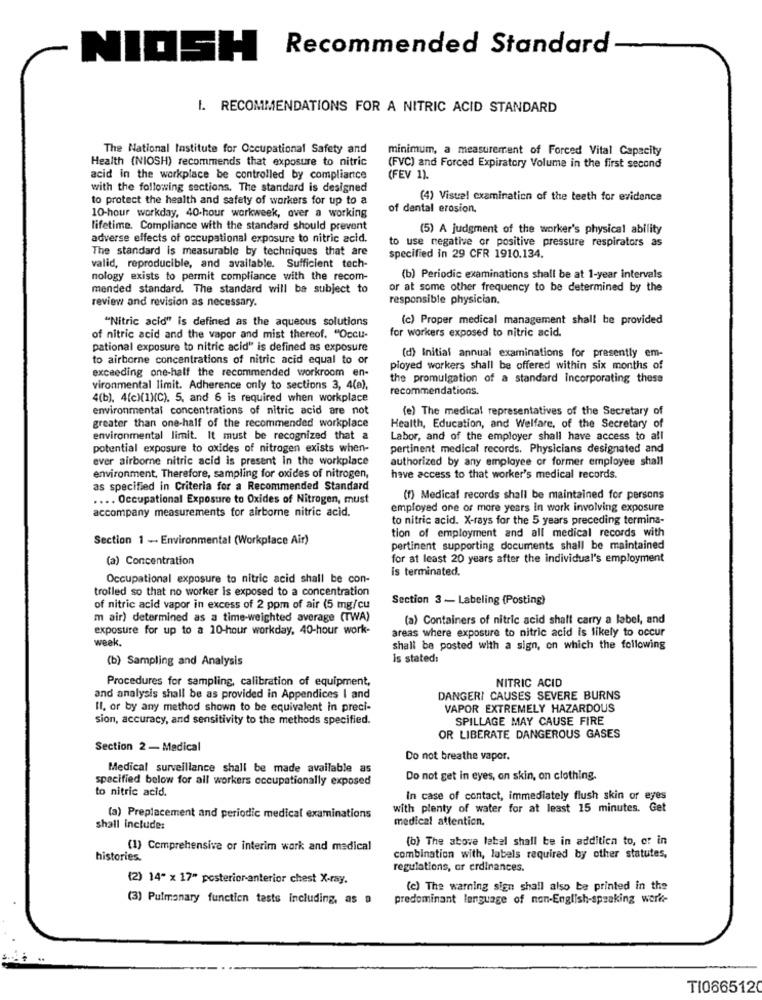
Recommended Standard
NIOSH
I. RECOMMENDATIONS FOR A NITRIC ACID STANDARD
The National Institute for Occupational Safety and
minimum, a measurement of Forced Vital Capacity
Health (NIOSH) recommends that exposure to nitric
(FVC) and Forced Expiratory Volume in the first second
acid in the workplace be controlled by compliance
(FEV 1).
with the following sections. The standard is designed
to protect the health and safety of workers for up to a
(4) Visuel examination of the teeth for evidence
of dental erosion.
10-hour workday, 40-hour workweek, over a working
lifetime. Compliance with the standard should prevent
(5) A judgment of the worker's physical ability
adverse effects of occupational exposure to nitric acid.
to use negative or positive pressure respirators as
The standard is measurable by techniques that are
specified in 29 CFR 1910.134.
valid, reproducible, and available. Sufficient tech-
nology exists to permit compliance with the recom-
(b) Periodic examinations shall be at 1-year intervals
mended standard. The standard will be subject to
or at some other frequency to be determined by the
review and revision as necessary.
responsible physician.
"Nitric acid" is defined as the aqueous solutions
(c) Proper medical management shall be provided
for workers exposed to nitric acid.
of nitric acid and the vapor and mist thereof. "Occu-
pational exposure to nitric acid" is defined as exposure
to airborne concentrations of nitric acid equal to or
(d) Initial annual examinations for presently em-
exceeding one-half the recommended workroom en-
ployed workers shall be offered within six months of
the promulgation of a standard incorporating these
vironmental limit. Adherence only to sections 3, 4(a),
recommendations.
4(b), 4(c)(1)(C), 5, and 6 is required when workplace
environmental concentrations of nitric acid are not
(e) The medical representatives of the Secretary of
greater than one-half of the recommended workplace
Health, Education, and Welfare, of the Secretary of
environmental limit. It must be recognized that a
Labor, and of the employer shall have access to all
potential exposure to oxides of nitrogen exists when-
pertinent medical records. Physicians designated and
ever airborne nitric acid is present in the workplace
authorized by any employee or former employee shall
environment. Therefore, sampling for oxides of nitrogen,
have access to that worker's medical records.
as specified in Criteria for a Recommended Standard
.... Occupational Exposure to Oxides of Nitrogen, must
(f) Medical records shall be maintained for persons
accompany measurements for airborne nitric acid.
employed one or more years in work involving exposure
to nitric acid. X-rays for the 5 years preceding termina-
Section 1 - Environmental (Workplace Air)
tion of employment and all medical records with
pertinent supporting documents shall be maintained
(a) Concentration
for at least 20 years after the individual's employment
is terminated.
Occupational exposure to nitric acid shall be con-
trolled so that no worker is exposed to a concentration
Section 3 - Labeling (Posting)
of nitric acid vapor in excess of 2 ppm of air (5 mg/cu
m air) determined as a time-weighted average (TWA)
(a) Containers of nitric acid shalt carry a label, and
exposure for up to a 10-hour workday, 40-hour work-
areas where exposure to nitric acid is likely to occur
week.
shall be posted with a sign, on which the following
(b) Sampling and Analysis
is stated:
Procedures for sampling, calibration of equipment,
NITRIC ACID
and analysis shall be as provided in Appendices I and
DANGERI CAUSES SEVERE BURNS
Il, or by any method shown to be equivalent in preci-
VAPOR EXTREMELY HAZARDOUS
sion, accuracy, and sensitivity to the methods specified.
SPILLAGE MAY CAUSE FIRE
OR LIBERATE DANGEROUS GASES
Section 2 - Medical
Do not breathe vapor.
Medical surveillance shall be made available as
specified below for all workers occupationally exposed
Do not get in eyes, on skin, on clothing.
to nitric acid.
In case of contact, immediately flush skin or eyes
with plenty of water for at least 15 minutes. Get
(a) Preplacement and periodic medical examinations
medical attention,
shall include:
(b) The above label shall be in addition to, or in
(1) Comprehensive or interim work and medical
histories.
combination with, labels required by other statutes,
regulations, or erdinances.
(2) 14" x 17" posterior-anterior chest X-ray.
(c) The warning sign shall also be printed in the
(3) Pulmonary function tests including, as a
predominant language of non-English-speaking work-
TI0665120